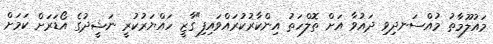
މައުލޫމާތު މުއްސަނދިވި ދައުވާ އަށް ތޮލްހަތު އިންކާރުކުރައްވައިފި"ގާޒީ ހައްޔަރުކުރީ ނަޝީދުގެ އޯޑަރަށް ކަމަށް